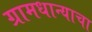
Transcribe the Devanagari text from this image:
ग्रामधान्याचा